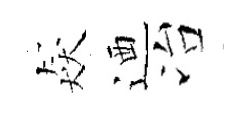
猋迺冶